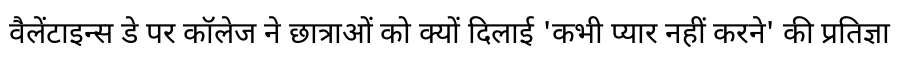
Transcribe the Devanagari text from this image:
वैलेंटाइन्स डे पर कॉलेज ने छात्राओं को क्यों दिलाई 'कभी प्यार नहीं करने' की प्रतिज्ञा